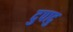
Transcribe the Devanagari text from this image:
दुपादु